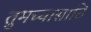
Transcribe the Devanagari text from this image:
तुमच्यासाठि